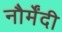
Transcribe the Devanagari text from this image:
नौर्मेंदी